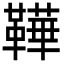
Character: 鞾